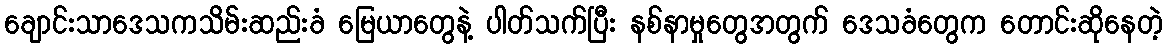
ချောင်းသာဒေသကသိမ်းဆည်းခံ မြေယာတွေနဲ့ ပါတ်သက်ပြီး နစ်နာမှုတွေအတွက် ဒေသခံတွေက တောင်းဆိုနေတဲ့